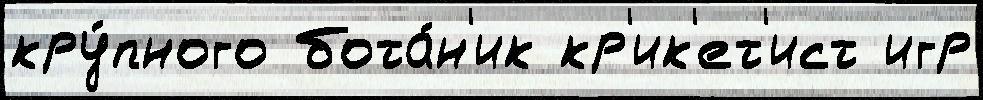
кру́пного бота́н'ик кр'ик'ет'ист игр